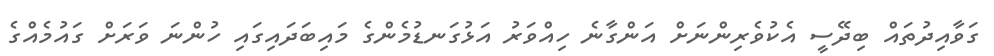
ގަވާއިދުތައް ބިދޭސީ އެކުވެރިންނަށް އަންގާނެ ހިއްވަރު އަޅުގަނޑުމެންގެ މައިބަދައިގައި ހުންނަ ވަރަށް ގައުމެއްގެ